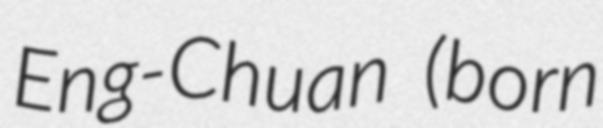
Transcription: Eng-Chuan (born